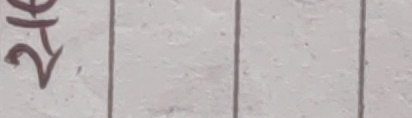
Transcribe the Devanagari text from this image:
२८